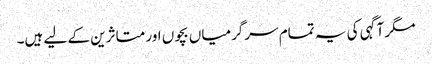
مگر آگہی کی یہ تمام سرگرمیاں بچوں اور متاثرین کے لیے ہیں۔